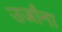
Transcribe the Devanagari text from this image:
उर्जांना